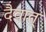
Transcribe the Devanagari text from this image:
दैवात्‌